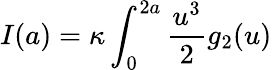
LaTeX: I(a)=\kappa\int_{0}^{2a}{\frac{u^{3}}{2}}g_{2}(u)